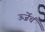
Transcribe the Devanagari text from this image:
ऊर्जेचं